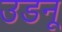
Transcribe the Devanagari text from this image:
उडनू